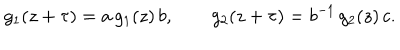
g _ { 1 } ( z + \tau ) = a \, g _ { 1 } ( z ) \, b , \qquad g _ { 2 } ( z + \tau ) = b ^ { - 1 } \, g _ { 2 } ( z ) \, c .